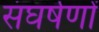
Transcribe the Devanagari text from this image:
संघर्षणों